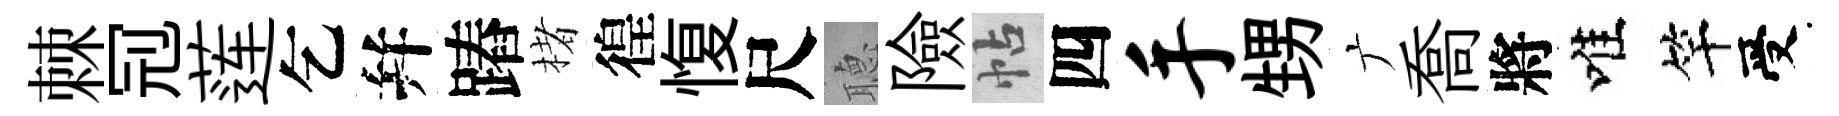
棘𠜍莲乞幷蹖楮徨愎尺𦗟險帖四手甥广喬將唯竿受